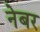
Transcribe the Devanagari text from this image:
नेबर